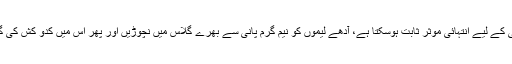
یہ جادوئی مشروب جسمانی وزن میں کمی کے لیے انتہائی موثر ثابت ہوسکتا ہے، آدھے لیموں کو نیم گرم پانی سے بھرے گلاس میں نچوڑیں اور پھر اس میں کدو کش کی گئی ادرک کی کچھ مقدار کا اضافہ کردیں۔